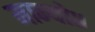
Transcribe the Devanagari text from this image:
मान्यो॥